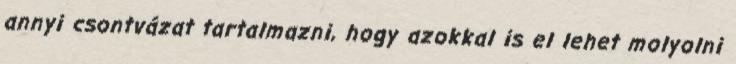
annyi csontvázat tartalmazni, hogy azokkal is el lehet molyolni